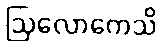
ဩလောကေသိ